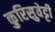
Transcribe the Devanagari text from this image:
कुरिसुवेट्टी